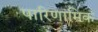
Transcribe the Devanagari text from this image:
पारिणामिक